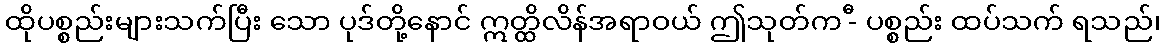
ထိုပစ္စည်းများသက်ပြီး သော ပုဒ်တို့နောင် ဣတ္ထိလိန်အရာဝယ် ဤသုတ်က -ီ ပစ္စည်း ထပ်သက် ရသည်၊